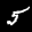
Label: 5